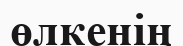
өлкенің